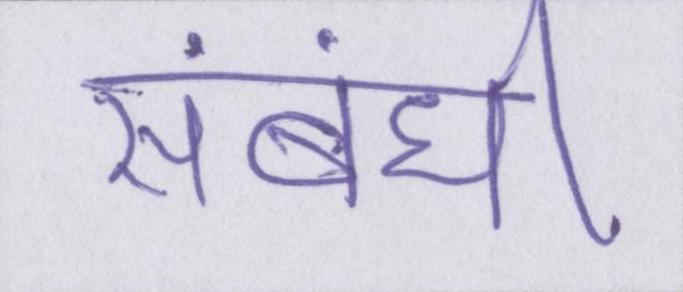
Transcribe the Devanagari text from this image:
संबंधी